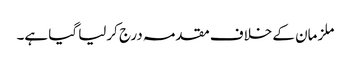
ملزمان کے خلاف مقدمہ درج کرلیا گیا ہے۔